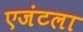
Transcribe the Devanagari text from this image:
एजंटला